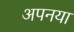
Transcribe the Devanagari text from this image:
अपनया